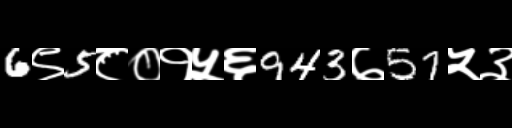
Text: 6९5८०१५६943७57५३